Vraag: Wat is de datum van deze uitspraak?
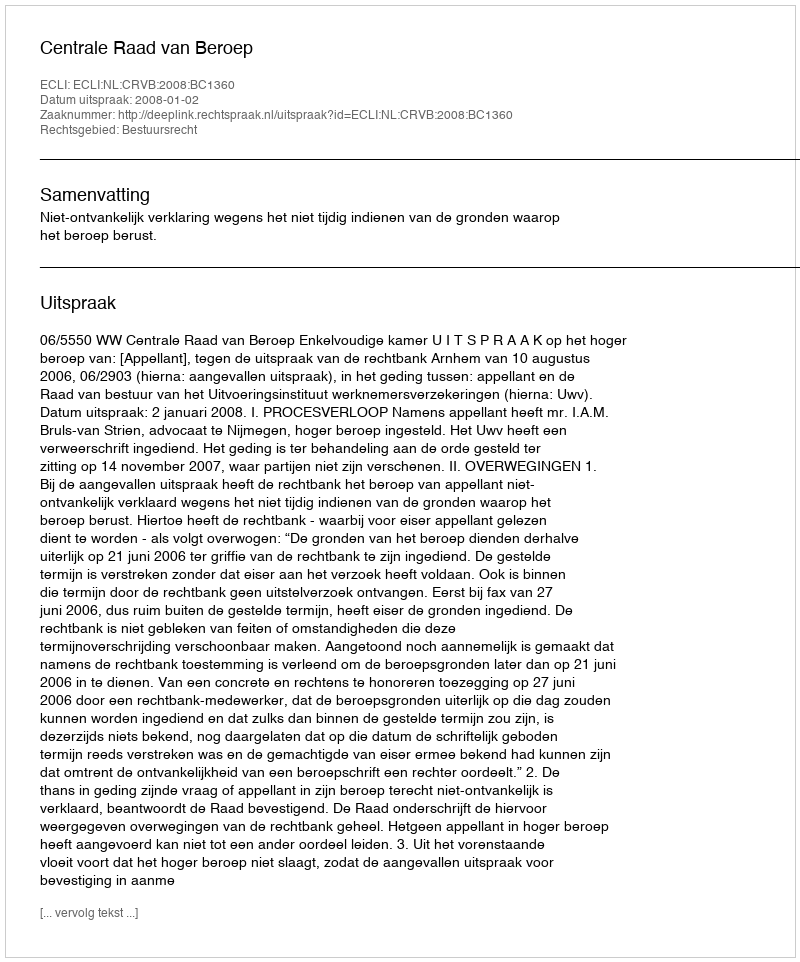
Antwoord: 2008-01-02